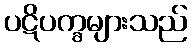
ပဋိပက္ခများသည်